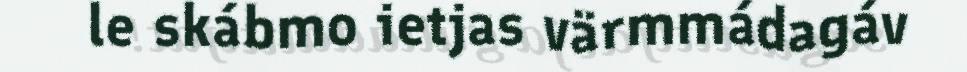
le skábmo ietjas värmmádagáv